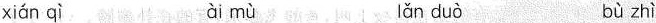
xián qì ài mù lǎn duò bù zhì